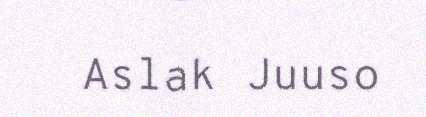
Aslak Juuso